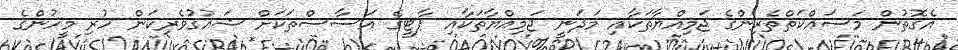
އެގޮތުން މަސައްކަތްތެރިންގެ ޖަމިއްޔާތަކާއި މަދަނީ ޖަމިއްޔާތަކާއި ޕާޓީގެ އަސާސްތަކަށް ޝައުގުވެރިކަން ހުރި މީހުންގެ